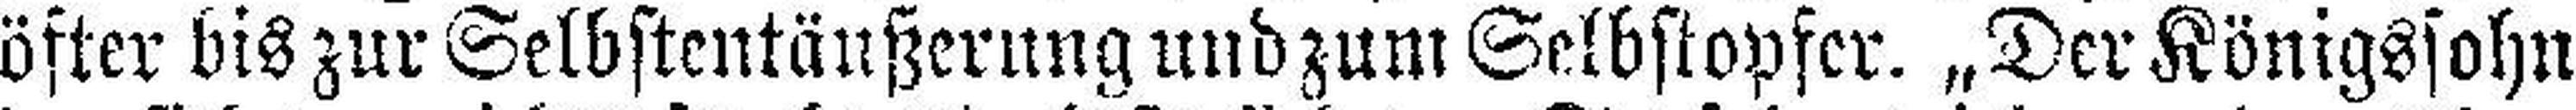
öfter bis zur Selbstentäußerung und zum Selbstopfer. „Der Königssohn